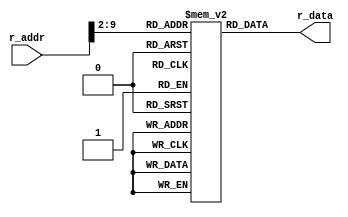
module Instruction_MEM(
			input [31:0] r_addr,
			output [31:0] r_data);
			reg [31:0]inst[200:0];
			wire [2:0] shift_addr;
			initial begin

				inst[0] = 32'b100000_00000_00001_00000_11000001010;//-- Addi r1 ,r0 ,1546 //r1=1546
				inst[1] = 32'b000001_00000_00001_00010_00000000000;//-- Add r2 ,r0 ,r1//r2=1546
				inst[2] = 32'b000011_00000_00001_00011_00000000000;//-- sub r3 ,r0 ,r1//r3=-1546

				inst[3] = 32'b000101_00010_00011_0010000000000000; //--and r4,r2,r3 //r4=2
				inst[4] = 32'b100001_00011_00101_0001101000110100; //--subi r5,r3,//r5=-8254
				
				inst[5] = 32'b000110_00011_00100_0010100000000000; //--or r5,r3,r4 //r5=-1546

				inst[6] = 32'b000111_00101_00000_0011000000000000; //--nor r6,r5,r0//r6=1545
				inst[7] = 32'b000111_00100_00000_0101100000000000; //--nor r11,r4,r0//r11=-3
				inst[8] = 32'b000011_00101_00101_0010100000000000; //--sub r5,r5,r5//r5=0
				inst[9] = 32'b100000_00000_00001_0000010000000000; //--addi r1,r0,1024 //r1=1024

				inst[10] = 32'b100101_00001_00010_0000000000000000;//-- st r2 ,r1 ,0 //
				inst[11] = 32'b100100_00001_00101_00000_00000000000;//-- ld r5 ,r1 ,0 //r5=1546//miss

				inst[12] = 32'b101000_00101_00000_00000_00000000001;//-- Bez r5 ,1//not taken
				inst[13] = 32'b001000_00101_00001_00111_00000000000;//-- xor r7 ,r5 ,r1 //r7=522
				inst[14] = 32'b001000_00101_00001_00000_00000000000;//-- xor r0 ,r5 ,r1 //r0=0
				inst[15] = 32'b001001_00011_00100_00111_00000000000;//-- sla r7 ,r3 ,r4//r7=-6184

				inst[16] = 32'b100101_00001_00111_00000_00000010100;//-- st r7 ,r1 ,20
				inst[17] = 32'b001010_00011_00100_01000_00000000000;//-- sll r8 ,r3 ,r4 //r8=-6184
				inst[18] = 32'b001011_00011_00100_01001_00000000000;//-- sra r9 ,r3 ,r4 //r9=1073741437
				inst[19] = 32'b001100_00011_00100_01010_00000000000;//-- srl r10 ,r3 ,r4//r10=-384
				inst[20] = 32'b100101_00001_00011_00000_00000000100;//-- st r3 ,r1 ,4
				inst[21] = 32'b100101_00001_00100_00000_00000001000;//-- st r4 ,r1 ,8
				inst[22] = 32'b100101_00001_00101_00000_00000001100;//-- st r5 ,r1 ,12
				inst[23] = 32'b100101_00001_00110_00000_00000010000;//-- st r6 ,r1 ,16
				inst[24] = 32'b100100_00001_01011_00000_00000000100;//-- ld r11 ,r1 ,4//r11=-1546//miss

				inst[25] = 32'b100101_00001_01011_00000_00000011000;//-- st r11 ,r1 ,24
				inst[26] = 32'b100101_00001_01001_00000_00000011100;//-- st r9 ,r1 ,28
				inst[27] = 32'b100101_00001_01010_00000_00000100000;//-- st r10 ,r1 ,32
				inst[28] = 32'b100101_00001_01000_00000_00000100100;//-- st r8 ,r1 ,36

				inst[29] = 32'b100000_00000_00001_00000_00000000011;//-- Addi r1 ,r0 ,3 //r1=3
				inst[30] = 32'b100000_00000_00100_00000_10000000000;//-- Addi r4 ,r0 ,1024 //r4=1024
				inst[31] = 32'b100000_00000_00010_00000_00000000000;//-- Addi r2 ,r0 ,0 //r2=0
				inst[32] = 32'b100000_00000_00011_00000_00000000001;//-- Addi r3 ,r0 ,1 //r3=1
				inst[33] = 32'b100000_00000_01001_00000_00000000010;//-- Addi r9 ,r0 ,2 //r9=2

				inst[34] = 32'b001010_00011_01001_01000_00000000000;//-- sll r8 ,r3 ,r9 //r8=r3*4

				inst[35] = 32'b000001_00100_01000_01000_00000000000;//-- Add r8 ,r4 ,r8 //r8=1024+r3*4

				inst[36] = 32'b100100_01000_00101_00000_00000000000;//-- ld r5 ,r8 ,0 //hit
				inst[37] = 32'b100100_01000_00110_11111_11111111100;//-- ld r6 ,r8 ,-4 //hit

				inst[38] = 32'b000011_00101_00110_01001_00000000000;//-- sub r9 ,r5 ,r6

				inst[39] =  32'b100000_00000_01010_10000_00000000000;//-- Addi r10 ,r0 ,0x8000
				inst[40] =  32'b100000_00000_01011_00000_00000010000;//-- Addi r11 ,r0 ,16 //2

				inst[41] =  32'b001010_01010_01011_01010_00000000000;//-- sll r10 ,r1 ,r11 //2

				inst[42] =  32'b000101_01001_01010_01001_00000000000;//-- And r9 ,r9 ,r10 // if(r5>r6) r9=0 else r9=-2147483648

				inst[43] =  32'b101000_01001_00000_00000_00000000010;//-- Bez r9 ,2
				inst[44] =  32'b100101_01000_00101_11111_11111111100;//-- st r5 ,r8 ,-4
				inst[45] =  32'b100101_01000_00110_00000_00000000000;//-- st r6 ,r8 ,0
				inst[46] =  32'b100000_00011_00011_00000_00000000001;//-- Addi r3 ,r3 ,1 //2
				
				inst[47] =  32'b101001_00001_00011_11111_11111110001;
				// inst[78] =  32'b101001_00001_00011_11111_11111100010;//-- BNE r1 ,r3 ,-15 (*-32)
				inst[48] =  32'b100000_00010_00010_00000_00000000001;//-- Addi r2 ,r2 ,1 //2

				inst[49] =  32'b101001_00001_00010_11111_11111101110;
				// inst[82] =  32'b101001_00001_00010_11111_11111011101;//-- BNE r1 ,r2 ,-18 -> -34
				inst[50] =  32'b100000_00000_00001_00000_10000000000;//-- Addi r1 ,r0 ,1024 //r1=1024

				inst[51] = 32'b100100_00001_00010_00000_00000000000;//-- ld ,r2 ,r1 ,0 //r2=-1546
				inst[52] = 32'b100100_00001_00011_00000_00000000100;//-- ld ,r3 ,r1 ,4 //r3=2
				inst[53] = 32'b100100_00001_00100_00000_00000001000;//-- ld ,r4 ,r1 ,8 //r4=1546
				inst[54] = 32'b100100_00001_00100_00000_01000001000;//-- ld ,r4 ,r1 ,520 // after SRAM r4=random number
				inst[55] = 32'b100100_00001_00100_00000_10000001000;//-- ld ,r4 ,r1 ,1023 // after SRAM r4=random number
				inst[56] = 32'b100100_00001_00101_00000_00000001100;//-- ld ,r5 ,r1 ,12 // r5=1546
				inst[57] = 32'b100100_00001_00110_00000_00000010000;//-- ld ,r6 ,r1 ,16 //r6=1545
				inst[58] = 32'b100100_00001_00111_00000_00000010100;//-- ld ,r7 ,r1 ,20 //r7=-6184
				inst[59] = 32'b100100_00001_01000_00000_00000011000;//-- ld ,r8 ,r1 ,24 //r8=-1546
				inst[60] = 32'b100100_00001_01001_00000_00000011100;//-- ld ,r9 ,r1 ,28 //r9=1073741437
				inst[61] = 32'b100100_00001_01010_00000_00000100000;//-- ld ,r10,r1 ,32 //r10=-387
				inst[62] = 32'b100100_00001_01011_00000_00000100100;//-- ld ,r11,r1 ,36 //r11=-6184
				inst[63] = 32'b101010_00000_00000_11111_11111111111;//-- JMP -1*/
			end
			
			assign r_data = inst[r_addr >> 2];
			
endmodule